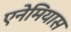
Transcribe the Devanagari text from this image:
एनेमियास